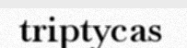
triptycas